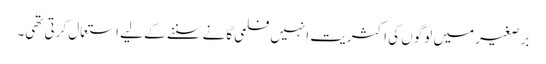
برصغیر میں لوگوں کی اکثریت انہیں فلمی گانے سننے کے لیے استعمال کرتی تھی۔